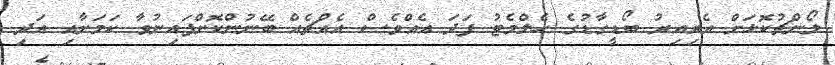
ލޯންޗުކޮޅަށް އެރިއިރު ބޯޑީގާޑުގެ ހެލްމެޓު ފަދަ އެއްވެސް އެއްޗެއް ބޭނުންކޮށްފައިނުވާ ކަމަށާއި އަދި